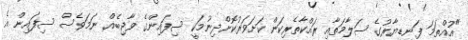
"އުއްތަމަ ފަނޑިޔާރުގެ ސަލާމަތާއި ރައްކާތެރިކަން ކަށަވަރުކޮށްދިނުމަކީ ސިފައިންގެ ވާޖިބެއް